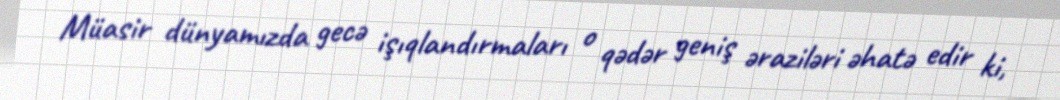
Müasir dünyamızda gecə işıqlandırmaları o qədər geniş əraziləri əhatə edir ki,